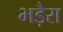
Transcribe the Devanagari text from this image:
भड़ैरा